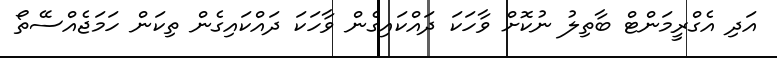
އަދި އެގްރީމަންޓް ބާތިލު ނުކޮށް ވާހަކަ ދައްކައިގެން ވާހަކަ ދައްކައިގެން ތިކަން ހަމަޖެއްސޭތޯ